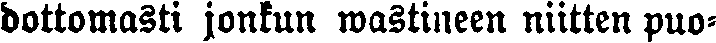
dottomasti jonkun wastineen niitten puo-